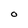
Character: 0